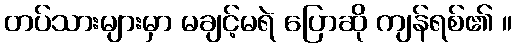
တပ်သားများမှာ မချင့်မရဲ ပြောဆို ကျန်ရစ်၏ ။